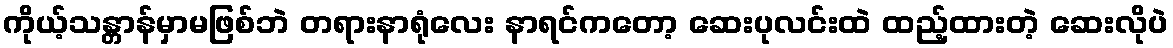
ကိုယ့်သန္တာန်မှာမဖြစ်ဘဲ တရားနာရုံလေး နာရင်ကတော့ ဆေးပုလင်းထဲ ထည့်ထားတဲ့ ဆေးလိုပဲ